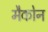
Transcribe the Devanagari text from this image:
मैकोन